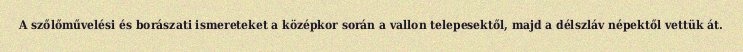
A szőlőművelési és borászati ismereteket a középkor során a vallon telepesektől, majd a délszláv népektől vettük át.